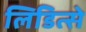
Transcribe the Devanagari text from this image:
लिडित्से